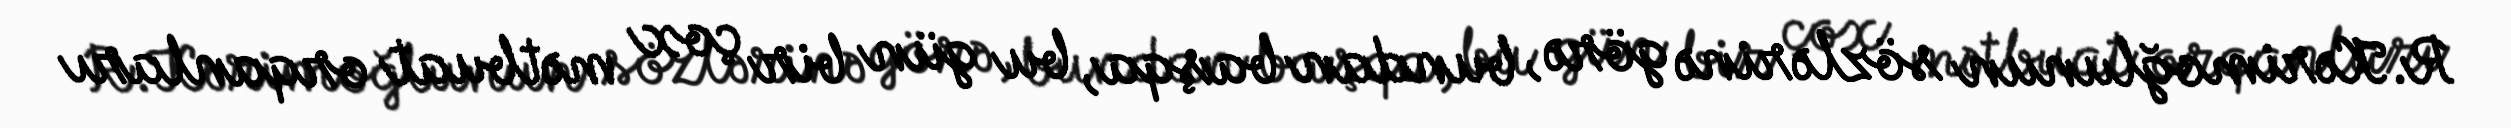
R.Kərimoğlunun sözlərinə görə, bundan başqa, bu gün bir çox mətbuat orqanları